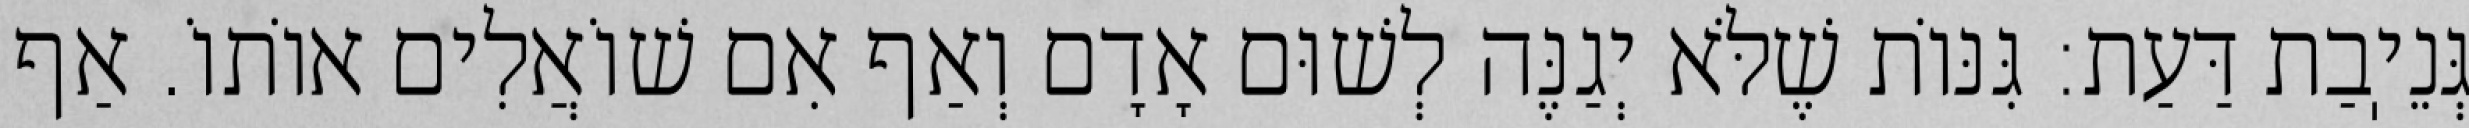
גְּנֵיֽבַת דַּעַת: גִּנּוֹת שֶׁלֹּא יְגַנֶּה לְשׁוּם אָדָם וְאַף אִם שׁוֹאֲלִים אוֹתוֹ. אַף